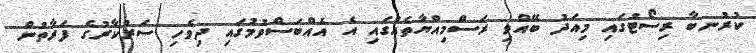
ކުރުނބާ ރިސޯޓުގައި މިއަދު ބޭއްވި ރަސްމިއްޔާތެއްގައި އެ އެއްބަސްވުމުގައި ދިވެހި ސަރުކާރުގެ ފަރާތުން